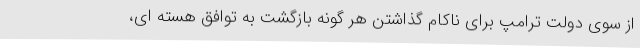
از سوی دولت ترامپ برای ناکام گذاشتن هر گونه بازگشت به توافق هسته ای،